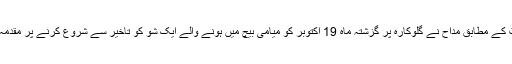
رپورٹ کے مطابق مداح نے گلوکارہ پر گزشتہ ماہ 19 اکتوبر کو میامی بیچ میں ہونے والے ایک شو کو تاخیر سے شروع کرنے پر مقدمہ کردیا۔